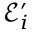
\mathcal { E } _ { i } ^ { \prime }